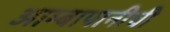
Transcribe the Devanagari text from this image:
आम्बापानीची